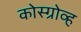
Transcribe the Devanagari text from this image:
कोस्ग्रोव्ह